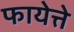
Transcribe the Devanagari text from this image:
फायेत्ते